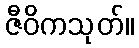
ဇီဝိကသုတ်။